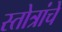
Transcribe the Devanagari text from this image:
स्तोत्रांचे